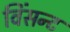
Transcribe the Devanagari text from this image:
विंसन्ट